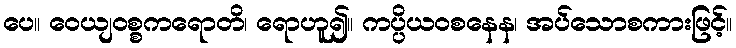
ပေ။ ဝေယျဝစ္စကရောတိ၊ ရောဟူ၍။ ကပ္ပိယဝစနေန၊ အပ်သောစကားဖြင့်။